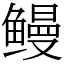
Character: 鳗